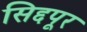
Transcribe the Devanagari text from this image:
सिद्दपूर